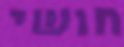
חושי